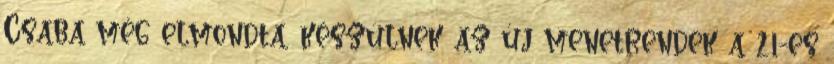
Csaba még elmondta, készülnek az új menetrendek a 21-es